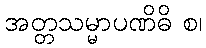
အတ္တသမ္မာပဏိဓိ စ၊